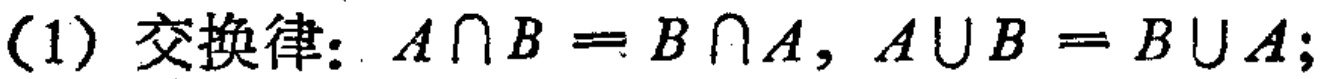
(1) 交换律: \(A\cap B = B\cap A, A\cup B = B\cup A\);